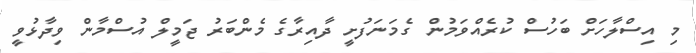
މި އިސްލާހަށް ބަހުސް ކުރެއްވަމުން ގެމަނަފުށީ ދާއިރާގެ މެންބަރު ޖަމީލް އުސްމާން ވިދާޅުވީ